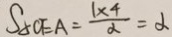
S _ { \Delta C E A } = \frac { 1 \times 4 } { \alpha } = \alpha